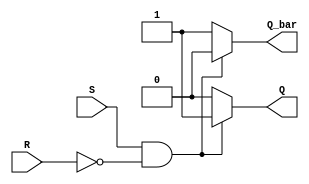
module SR_Latch (
    input S, // Set input
    input R, // Reset input
    output reg Q, // Q output
    output reg Q_bar // Q-bar output
);

always @ (S, R)
begin
    if (S && !R) // When Set is high and Reset is low
    begin
        Q = 1; // Q output is high
        Q_bar = 0; // Q-bar output is low
    end
    else if (!S && R) // When Set is low and Reset is high
    begin
        Q = 0; // Q output is low
        Q_bar = 1; // Q-bar output is high
    end
    else // When both Set and Reset are high
    begin
        Q = 0; // Q output is unpredictable
        Q_bar = 1; // Q-bar is unpredictable
    end
end

endmodule